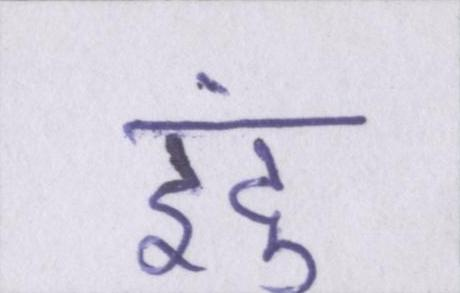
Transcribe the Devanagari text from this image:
इंदु